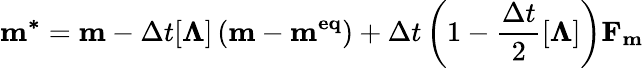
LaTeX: \mathbf{m^{*}}=\mathbf{m}-\Delta t[\mathbf{\Lambda}]\left(\mathbf{m}-\mathbf{m^{eq}}\right)+\Delta t\left(1-\frac{\Delta t}{2}[\mathbf{\Lambda}]\right)\mathbf{F_{m}}